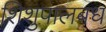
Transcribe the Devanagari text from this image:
शिशुपालबध